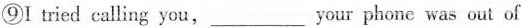
⑨I tried calling you,___ your phone was out of